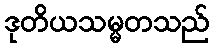
ဒုတိယသမ္မတသည်